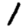
Digit: 1